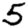
Digit: 5